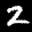
Label: 2